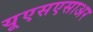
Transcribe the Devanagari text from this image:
यूएसएसाअर